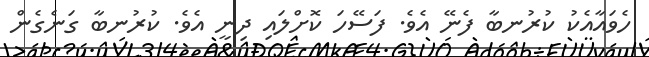
ހެވައާއެކު ކުރުނބާ ފެނޭ އެވެ. ފަސޭހަ ކޮށްލައި ދިނީ އެވެ. ކުރުނބާ ގަނެގެން